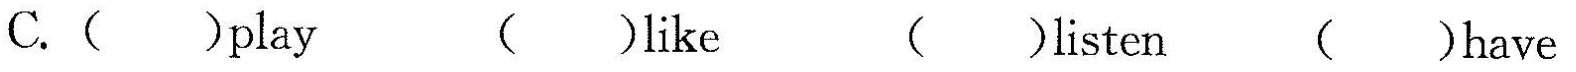
C.( )play ( )like ( )listen ( )have